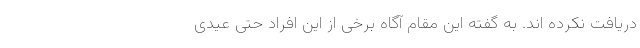
دریافت نکرده اند. به گفته این مقام آگاه برخی از این افراد حتی عیدی